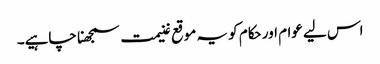
اس لیے عوام اور حکام کو یہ موقع غنیمت سمجھنا چاہیے۔